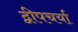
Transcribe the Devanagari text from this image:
द्वीपचर्या